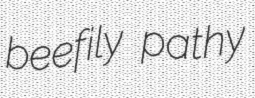
beefily pathy